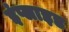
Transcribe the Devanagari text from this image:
इंप्लाइड